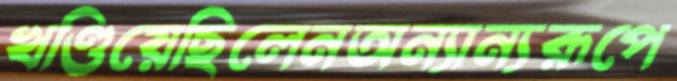
খণ্ডিয়েছিলেনঅন্যান্যরূপে